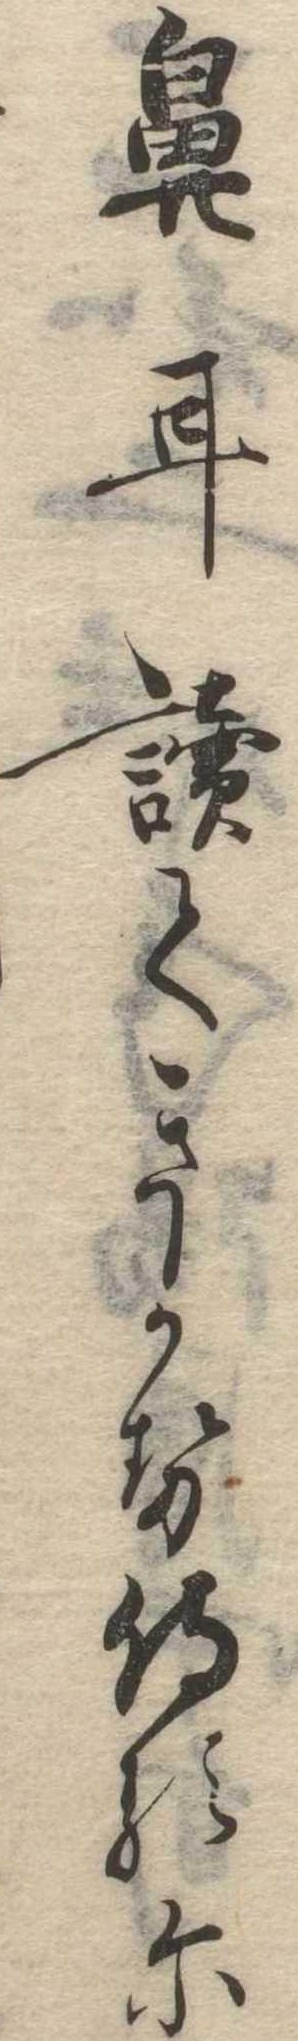
鼻に読てきかせ侍るに